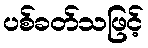
ပစ်ခတ်သဖြင့်